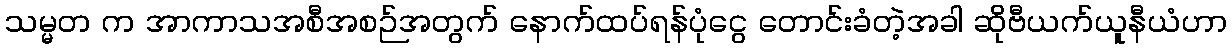
သမ္မတ က အာကာသအစီအစဉ်အတွက် နောက်ထပ်ရန်ပုံငွေ တောင်းခံတဲ့အခါ ဆိုဗီယက်ယူနီယံဟာ